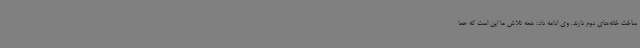
ساخت خانه‌های دوم دارند. وی ادامه داد: همه تلاش ما این است که حما